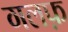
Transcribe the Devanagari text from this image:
गलफ़